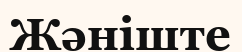
Жәніште